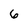
Character: 6